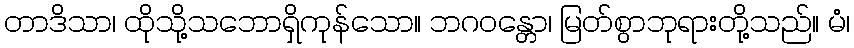
တာဒိသာ၊ ထိုသို့သဘောရှိကုန်သော။ ဘဂဝန္တော၊ မြတ်စွာဘုရားတို့သည်။ မံ၊